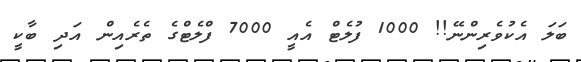
ބަލަ އެކުވެރިންނޭ!! 1000 ފުލެޓް އެއީ 7000 ފްލެޓްގެ ތެރެއިން އަދި ބާކީ